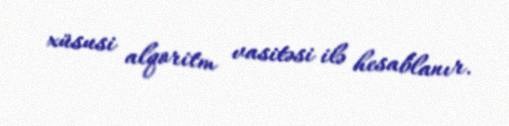
xüsusi alqoritm vasitəsi ilə hesablanır.